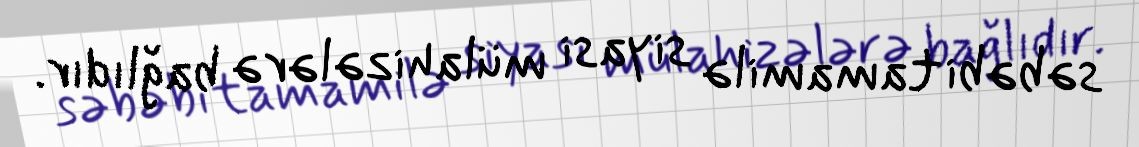
səbəbi tamamilə siyasi mülahizələrə bağlıdır.